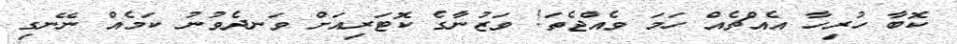
ކޮބާ ހުރިހާ އެއްޗެއް ހަމަ ވެއްޖެތަ! ވަޒުނާގެ ކޮޓަރިއަށް ވަނދެވުނު ކަމެއް ނޭނގި